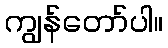
ကျွန်တော်ပါ။